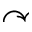
\curvearrowright